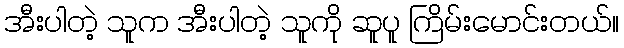
အီးပါတဲ့ သူက အီးပါတဲ့ သူကို ဆူပူ ကြိမ်းမောင်းတယ်။